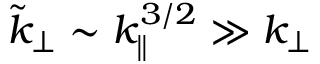
\tilde { k } _ { \perp } \sim k _ { \parallel } ^ { 3 / 2 } \gg k _ { \perp }